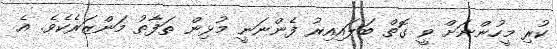
ކުރި މީހުންނަށް ވީ ގޮތް ބަލައިއިރު ފެންނަނީ މުޅިން ތަފާތު މަންޒަރެކެވެ. އެ